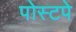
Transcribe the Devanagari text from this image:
पोस्टपे